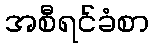
အစီရင်ခံစာ